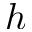
h